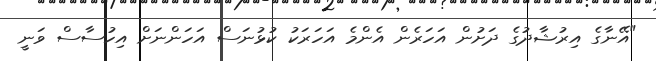
"އޭނާގެ އިރުޝާދުގެ ދަށުން އަހަރެން އެންމެ އަހަރަކު ކުޅުނަސް އަހަންނަށް އިހުސާސް ވަނީ